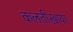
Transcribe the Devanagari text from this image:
कलतीखाया